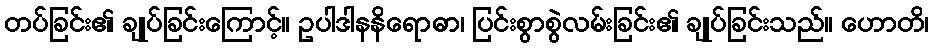
တပ်ခြင်း၏ ချုပ်ခြင်းကြောင့်။ ဥပါဒါနနိရောဓာ၊ ပြင်းစွာစွဲလမ်းခြင်း၏ ချုပ်ခြင်းသည်။ ဟောတိ၊